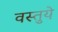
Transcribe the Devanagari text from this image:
वस्तुये